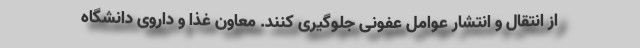
از انتقال و انتشار عوامل عفونی جلوگیری کنند. معاون غذا و داروی دانشگاه